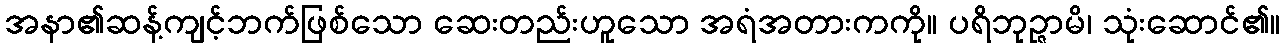
အနာ၏ဆန့်ကျင့်ဘက်ဖြစ်သော ဆေးတည်းဟူသော အရံအတားကကို။ ပရိဘုဉ္ဇာမိ၊ သုံးဆောင်၏။